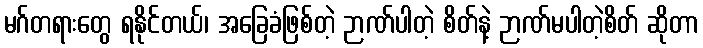
မဂ်တရားတွေ ရနိုင်တယ်၊ အခြေခံဖြစ်တဲ့ ဉာဏ်ပါတဲ့ စိတ်နဲ့ ဉာဏ်မပါတဲ့စိတ် ဆိုတာ